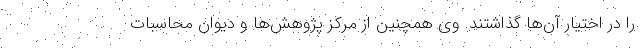
را در اختیار آن‌ها گذاشتند. وی همچنین از مرکز پژوهش‌ها و دیوان محاسبات